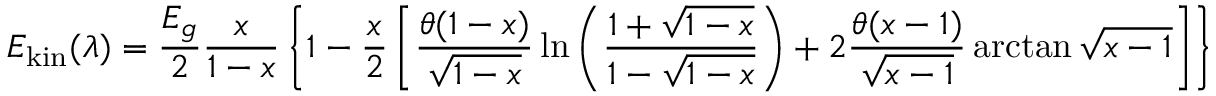
E _ { \mathrm { k i n } } ( \lambda ) = \frac { E _ { g } } { 2 } \frac { x } { 1 - x } \left\{ 1 - \frac { x } { 2 } \left[ \frac { \theta ( 1 - x ) } { \sqrt { 1 - x } } \ln \left( \frac { 1 + \sqrt { 1 - x } } { 1 - \sqrt { 1 - x } } \right) + 2 \frac { \theta ( x - 1 ) } { \sqrt { x - 1 } } \arctan \sqrt { x - 1 } \right] \right\}